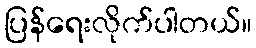
ပြန်ရေးလိုက်ပါတယ်။